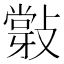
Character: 𢿦